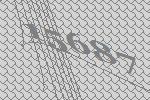
15687